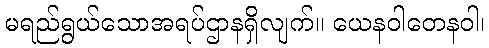
မရည်ရွယ်သောအရပ်ဌာနရှိလျက်။ ယေနဝါတေနဝါ၊